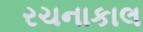
રચનાકાલ